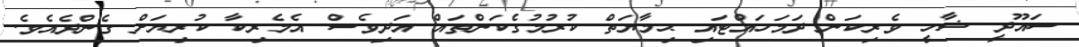
ސައޫދީ ޝާހީ ވެރިކަން ދަމަހައްޓައި ޙިމާޔަތް ކުރުމުގެކަންތައް އަދިވެސް އެމެރިކާ ކުރިޔަށް ގެންދެއެވެ.